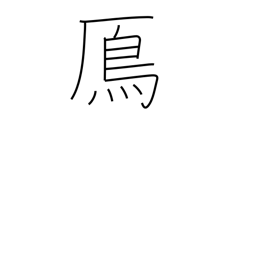
Meaning: wild goose